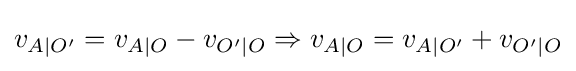
v_{A\mid O'}=v_{A\mid O}-v_{O'\mid O}\Rightarrow v_{A\mid O}=v_{A\mid O'}+v_{O'\mid O}